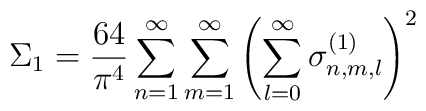
\Sigma_1 = \frac{64}{\pi^4} \sum_{n=1}^\infty\sum_{m=1}^\infty \left( \sum_{l=0}^\infty\sigma_{n,m,l}^{(1)} \right)^2